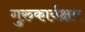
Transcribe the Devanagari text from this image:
गुरुकार्यक्षम